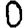
Digit: 0